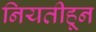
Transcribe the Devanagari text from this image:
नियतीहून